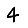
Digit: 4